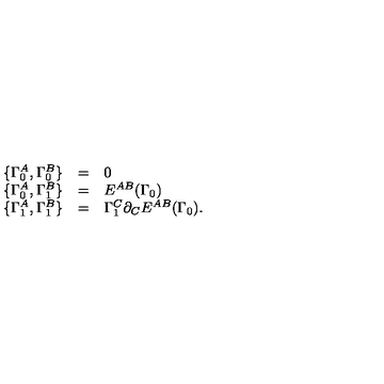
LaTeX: \begin{array} { r c l } { \{ \Gamma _ { 0 } ^ { A } , \Gamma _ { 0 } ^ { B } \} } & { = } & { 0 } \\ { \{ \Gamma _ { 0 } ^ { A } , \Gamma _ { 1 } ^ { B } \} } & { = } & { E ^ { A B } ( \Gamma _ { 0 } ) } \\ { \{ \Gamma _ { 1 } ^ { A } , \Gamma _ { 1 } ^ { B } \} } & { = } & { \Gamma _ { 1 } ^ { C } \partial _ { C } E ^ { A B } ( \Gamma _ { 0 } ) . } \\ \end{array}